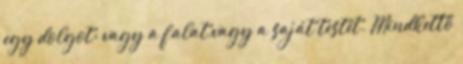
egy dolgot: vagy a falat,vagy a saját testét. Mindkettő